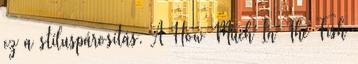
ez a stíluspárosítás. A How Much In The Fish